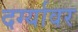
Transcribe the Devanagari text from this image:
दर्ग्यावर